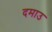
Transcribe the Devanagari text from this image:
दमाउ